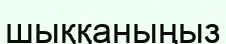
шыққаныңыз